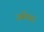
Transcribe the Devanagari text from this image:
जमेगा